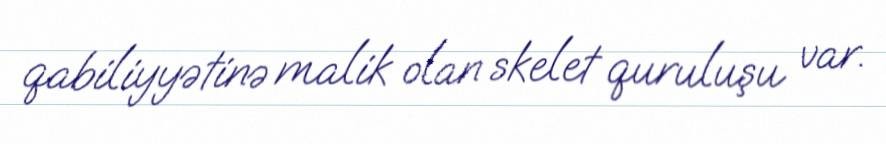
qabiliyyətinə malik olan skelet quruluşu var.